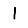
Digit: 1